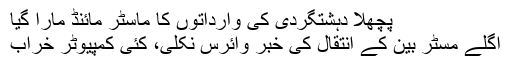
پچھلا دہشتگردی کی وارداتوں کا ماسٹر مائنڈ مارا گیا
اگلے مسٹر بین کے انتقال کی خبر وائرس نکلی، کئی کمپيوٹر خراب